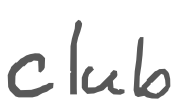
Text: club
Cross-out: clean
Writing tool: digital_gray